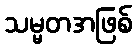
သမ္မတအဖြစ်